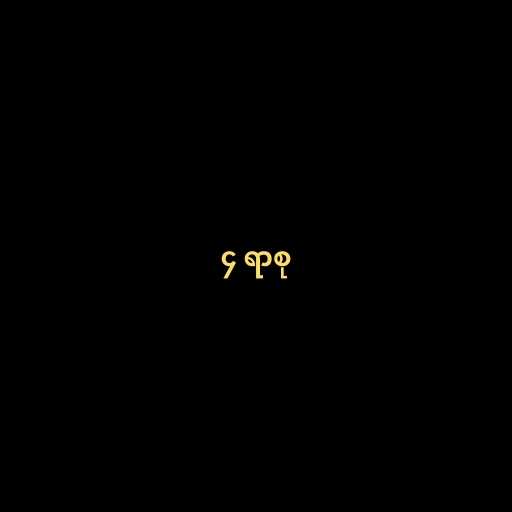
၄ ရာစု